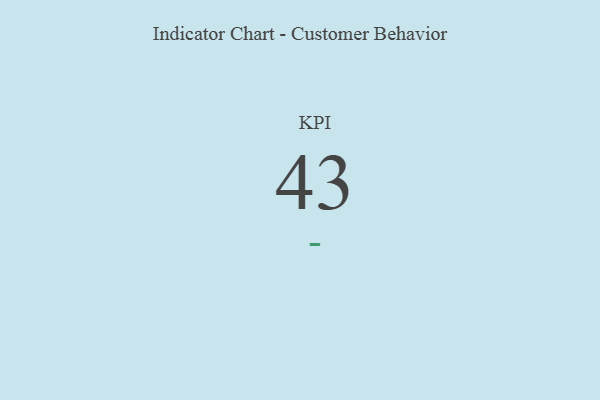
{"axis": {"x": "KPI", "y": "Value"}, "legend": [""], "data": [{"x": "KPI", "y": 43, "type": ""}]}